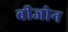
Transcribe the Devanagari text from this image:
बीजोन